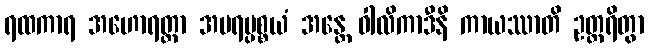
ရထကာရ အဟောရတ္တာ အပရပ္ပစ္စယံ အန္တေ ဝါလိကာဒီနိ ကာယဿာတိ ဥတ္တရိတွာ